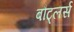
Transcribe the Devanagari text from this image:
बौट्लर्स